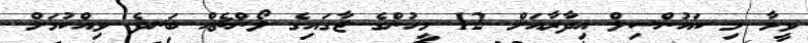
ވީމާ މި ކައުންސިލް އިދާރާއަށް 12 މީހުންގެ ޖާގައިގެ ލޯންޗެއް ބަނދެ ވިއްކުމަށް